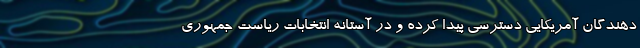
‌دهندگان آمریکایی دسترسی پیدا کرده و در آستانه انتخابات ریاست جمهوری